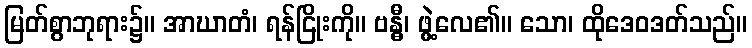
မြတ်စွာဘုရား၌။ အာဃာတံ၊ ရန်ငြိုးကို။ ဗန္ဓီ၊ ဖွဲ့လေ၏။ သော၊ ထိုဒေဝဒတ်သည်။